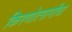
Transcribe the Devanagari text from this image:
किरणोत्सर्गांचा